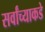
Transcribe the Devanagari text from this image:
सर्वांच्याकडे